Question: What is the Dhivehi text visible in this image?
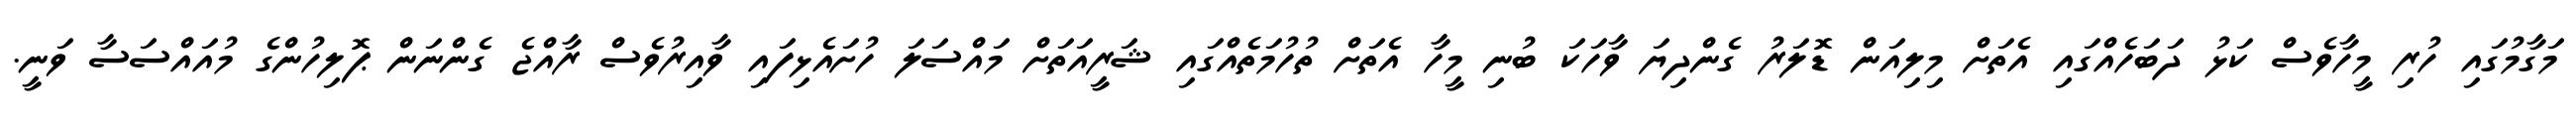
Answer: މަގާމުގައި ހުރި މީހާވެސް ކަޅު ދަބަހެއްގައި އެތަށް މިލިއަން ޑޮލަރު ގެންދިޔަ ވާހަކަ ބުނި މީހާ އެތަށް ތުހުމަތެއްގައި ޝަރީއަތަށް މައްސަލަ ހުށައެޅިފައި ވާއިރުވެސް ރާއްޖެ ގެންނަން ޕޮލިހުންގެ މުއައްސަސާ ވަނީ.